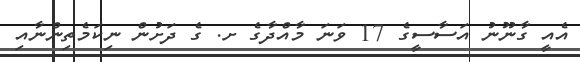
އެއީ ގާނޫނު އަސާސީގެ 17 ވަނަ މާއްދާގެ ށ. ގެ ދަށުން ނިކަމެތިންނާއި